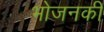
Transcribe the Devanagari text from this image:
भोजनकी